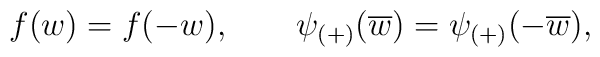
f(w)=f(-w),\qquad \psi _{(+)}(\overline{w})=\psi _{(+)}(-\overline{w}),